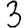
Digit: 3